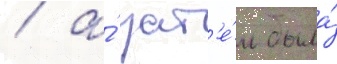
/ а́ зат'е́м была́